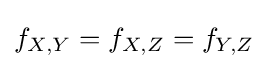
f_{X,Y}=f_{X,Z}=f_{Y,Z}